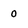
Character: 0